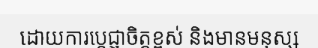
ដោយការប្តេជ្ញាចិត្តខ្ពស់ និងមានមនុស្ស